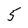
Character: 5